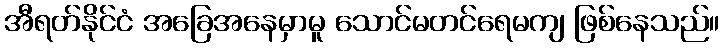
အီရတ်နိုင်ငံ အခြေအနေမှာမူ သောင်မတင်ရေမကျ ဖြစ်နေသည်။